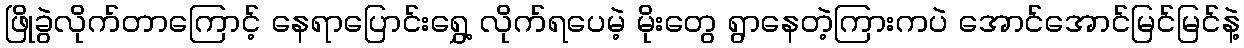
ဖြိုခွဲလိုက်တာကြောင့် နေရာပြောင်းရွှေ့ လိုက်ရပေမဲ့ မိုးတွေ ရွာနေတဲ့ကြားကပဲ အောင်အောင်မြင်မြင်နဲ့